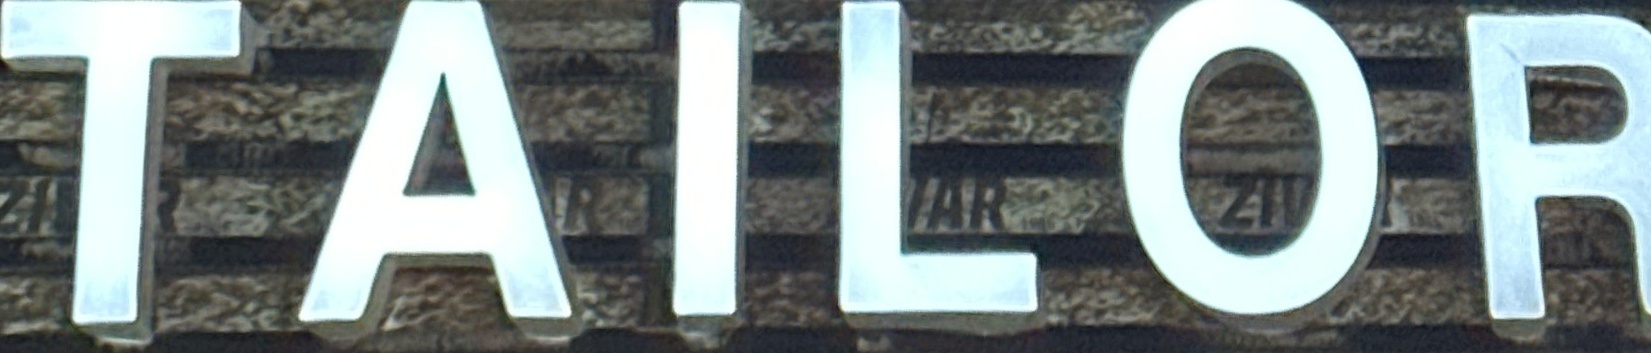
TAILOR